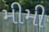
મીમી